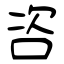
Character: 咨